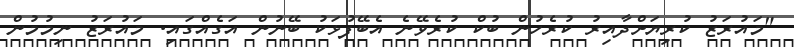
"މައުރަޒު ކުރިޔަށްދާއިރު ކުރެހުން ބުކް ކުރެވޭނެ އެބޭފުޅަކު ބޭނުން އަގެއްގައި. މައުރަޒު ނިމުމުން